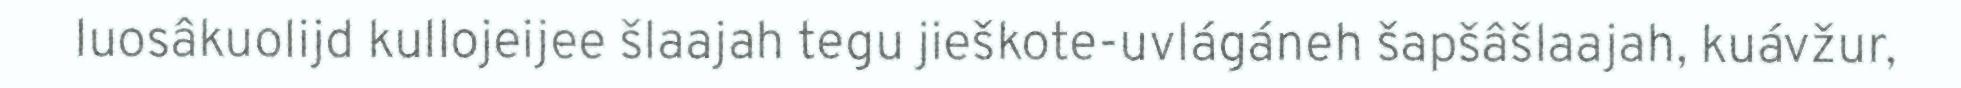
luosâkuolijd kullojeijee šlaajah tegu jieškote-uvlágáneh šapšâšlaajah, kuávžur,